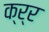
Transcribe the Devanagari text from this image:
क्र्र